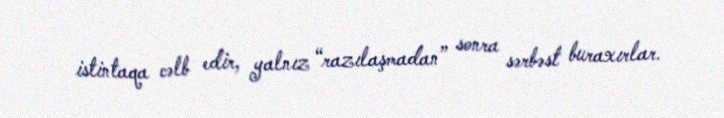
istintaqa cəlb edir, yalnız “razılaşmadan” sonra sərbəst buraxırlar.